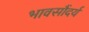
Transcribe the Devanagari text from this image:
भावसौंदर्य